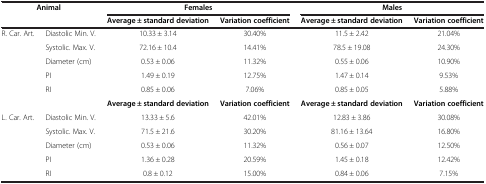
<table><thead><tr><td colspan="2"><b>Animal</b></td><td colspan="2"><b>Females</b></td><td colspan="2"><b>Males</b></td></tr><tr><td><b> </b></td><td><b> </b></td><td><b>Average ± standard deviation</b></td><td><b>Variation coefficient</b></td><td><b>Average ± standard deviation</b></td><td><b>Variation coefficient</b></td></tr></thead><tbody><tr><td rowspan="3">R. Car. Art.</td><td>Diastolic Min. V.</td><td>10.33 ± 3.14</td><td>30.40%</td><td>11.5 ± 2.42</td><td>21.04%</td></tr><tr><td>Systolic. Max. V.</td><td>72.16 ± 10.4</td><td>14.41%</td><td>78.5 ± 19.08</td><td>24.30%</td></tr><tr><td>Diameter (cm)</td><td>0.53 ± 0.06</td><td>11.32%</td><td>0.55 ± 0.06</td><td>10.90%</td></tr><tr><td> </td><td>PI</td><td>1.49 ± 0.19</td><td>12.75%</td><td>1.47 ± 0.14</td><td>9.53%</td></tr><tr><td> </td><td>RI</td><td>0.85 ± 0.06</td><td>7.06%</td><td>0.85 ± 0.05</td><td>5.88%</td></tr><tr><td> </td><td> </td><td><b>Average ± standard deviation</b></td><td><b>Variation coefficient</b></td><td><b>Average ± standard deviation</b></td><td><b>Variation coefficient</b></td></tr><tr><td rowspan="3">L. Car. Art.</td><td>Diastolic Min. V.</td><td>13.33 ± 5.6</td><td>42.01%</td><td>12.83 ± 3.86</td><td>30.08%</td></tr><tr><td>Systolic. Max. V.</td><td>71.5 ± 21.6</td><td>30.20%</td><td>81.16 ± 13.64</td><td>16.80%</td></tr><tr><td>Diameter (cm)</td><td>0.53 ± 0.06</td><td>11.32%</td><td>0.56 ± 0.07</td><td>12.50%</td></tr><tr><td> </td><td>PI</td><td>1.36 ± 0.28</td><td>20.59%</td><td>1.45 ± 0.18</td><td>12.42%</td></tr><tr><td> </td><td>RI</td><td>0.8 ± 0.12</td><td>15.00%</td><td>0.84 ± 0.06</td><td>7.15%</td></tr></tbody></table>